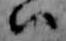
ハ